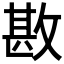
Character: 𢾤